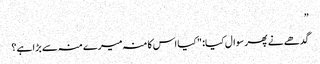
”
گدھے نے پھر سوال کیا: "کیا اس کا منہ میرے منہ سے بڑا ہے؟